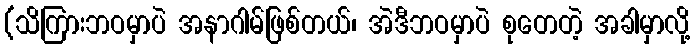
(သိကြားဘဝမှာပဲ အနာဂါမ်ဖြစ်တယ်၊ အဲဒီဘဝမှာပဲ စုတေတဲ့ အခါမှာလို့